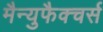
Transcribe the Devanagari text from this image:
मैन्युफैक्चर्स